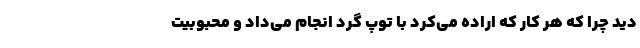
دید چرا که هر کار که اراده می‌کرد با توپ گرد انجام می‌داد و محبوبیت